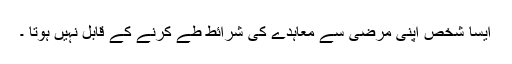
ایسا شخص اپنی مرضی سے معاہدے کی شرائط طے کرنے کے قابل نہیں ہوتا ۔